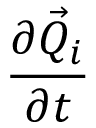
\frac { \partial \vec { Q } _ { i } } { \partial t }